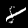
Label: 8